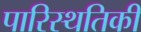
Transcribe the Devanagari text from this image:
पारिस्थतिकी